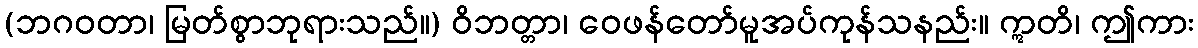
(ဘဂဝတာ၊ မြတ်စွာဘုရားသည်။) ဝိဘတ္တာ၊ ဝေဖန်တော်မူအပ်ကုန်သနည်း။ ဣတိ၊ ဤကား